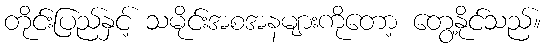
တိုင်းပြည်နှင့် သမိုင်းအစအနများကိုတော့ တွေ့နိုင်သည်။